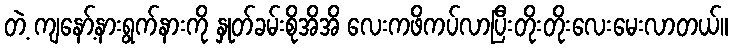
တဲ့ ကျနော့်နားရွက်နားကို နှုတ်ခမ်းစိုအိအိ လေးကဖိကပ်လာပြီးတိုးတိုးလေးမေးလာတယ်။